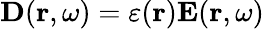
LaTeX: \mathbf{D}(\mathbf{r},\omega)=\varepsilon(\mathbf{r})\mathbf{E}(\mathbf{r},\omega)